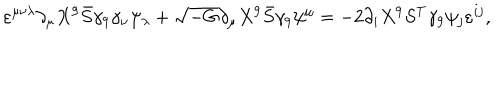
\varepsilon ^ { \mu \nu \lambda } \partial _ { \mu } X ^ { 9 } \bar { S } \gamma _ { 9 } \gamma _ { \nu } \psi _ { \lambda } + \sqrt { - G } \partial _ { \mu } X ^ { 9 } \bar { S } \gamma _ { 9 } \psi ^ { \mu } = - 2 \partial _ { i } X ^ { 9 } S ^ { T } \gamma _ { 9 } \psi _ { j } \varepsilon ^ { i j } ,